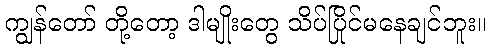
ကျွန်တော် တို့တော့ ဒါမျိုးတွေ သိပ်ပြိုင်မနေချင်ဘူး။